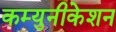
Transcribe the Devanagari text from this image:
कम्युनीकेशन